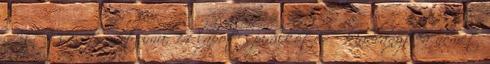
Az A3-as formátumú, 14 lapot spirálkötésű kiadványt a német